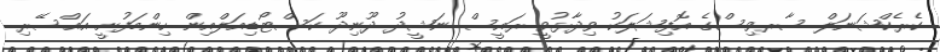
ކެރެކްޝަނަލް ސާރވިސްގެ އޮފިޝަލަކު ވިދާޅުވީ ރައީސް ނަޝީދު ދޫނިދޫ ކަސްޓޯޑިއަލްއިން ހިންމަފުށީ އައްސޭރި